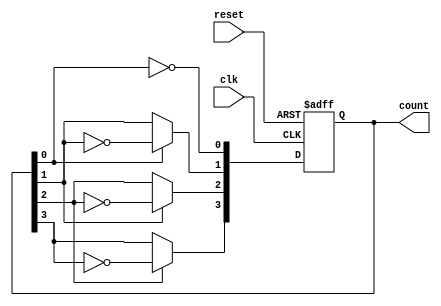
module async_ripple_counter (
    input wire clk,       // Clock input
    input wire reset,     // Asynchronous reset input
    output reg [3:0] count // 4-bit counter output
);

// Always block for the counter logic
always @(posedge clk or posedge reset) begin
    if (reset) begin
        count <= 4'b0000; // Reset the counter to 0
    end else begin
        // Ripple counter logic
        count[0] <= ~count[0]; // Toggle LSB on clock
        count[1] <= count[0] ? ~count[1] : count[1]; // Toggle next bit on LSB transition
        count[2] <= count[1] ? ~count[2] : count[2]; // Toggle next bit on second bit transition
        count[3] <= count[2] ? ~count[3] : count[3]; // Toggle MSB on third bit transition
    end
end

endmodule